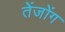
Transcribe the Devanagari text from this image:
तेंजोंग